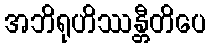
အဘိရုဟိဿန္တီတိပေ